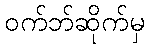
ဝက်ဘ်ဆိုက်မှ